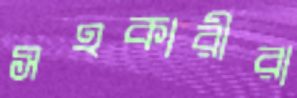
সহকারীরা